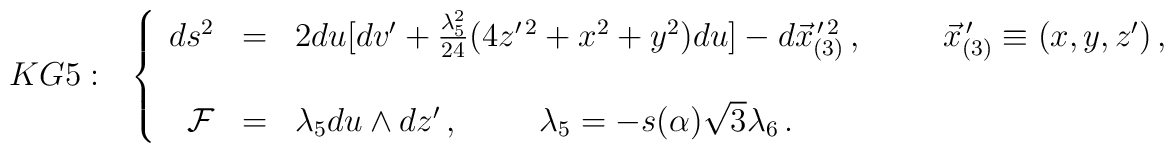
KG5: \,\,\,\,\left\{  \begin{array}{rcl}ds^{2} & = & 2du[dv^{\prime} +\frac{\lambda_{5}^{2}}{24}(4z^{\prime\, 2}+ x^{2}+y^{2})du]-d\vec{x}_{(3)}^{\, \prime\,2}\, ,\hspace{1cm}\vec{x}_{(3)}^{\, \prime}\equiv (x,y,z^{\prime})\, ,\\& & \\\mathcal{F} & = & \lambda_{5}du\land dz^{\prime}\, ,\hspace{1cm}\lambda_{5}=-s(\alpha)\sqrt{3}\lambda_{6}\, .\\  \end{array}\right.